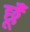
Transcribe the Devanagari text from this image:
छूँ